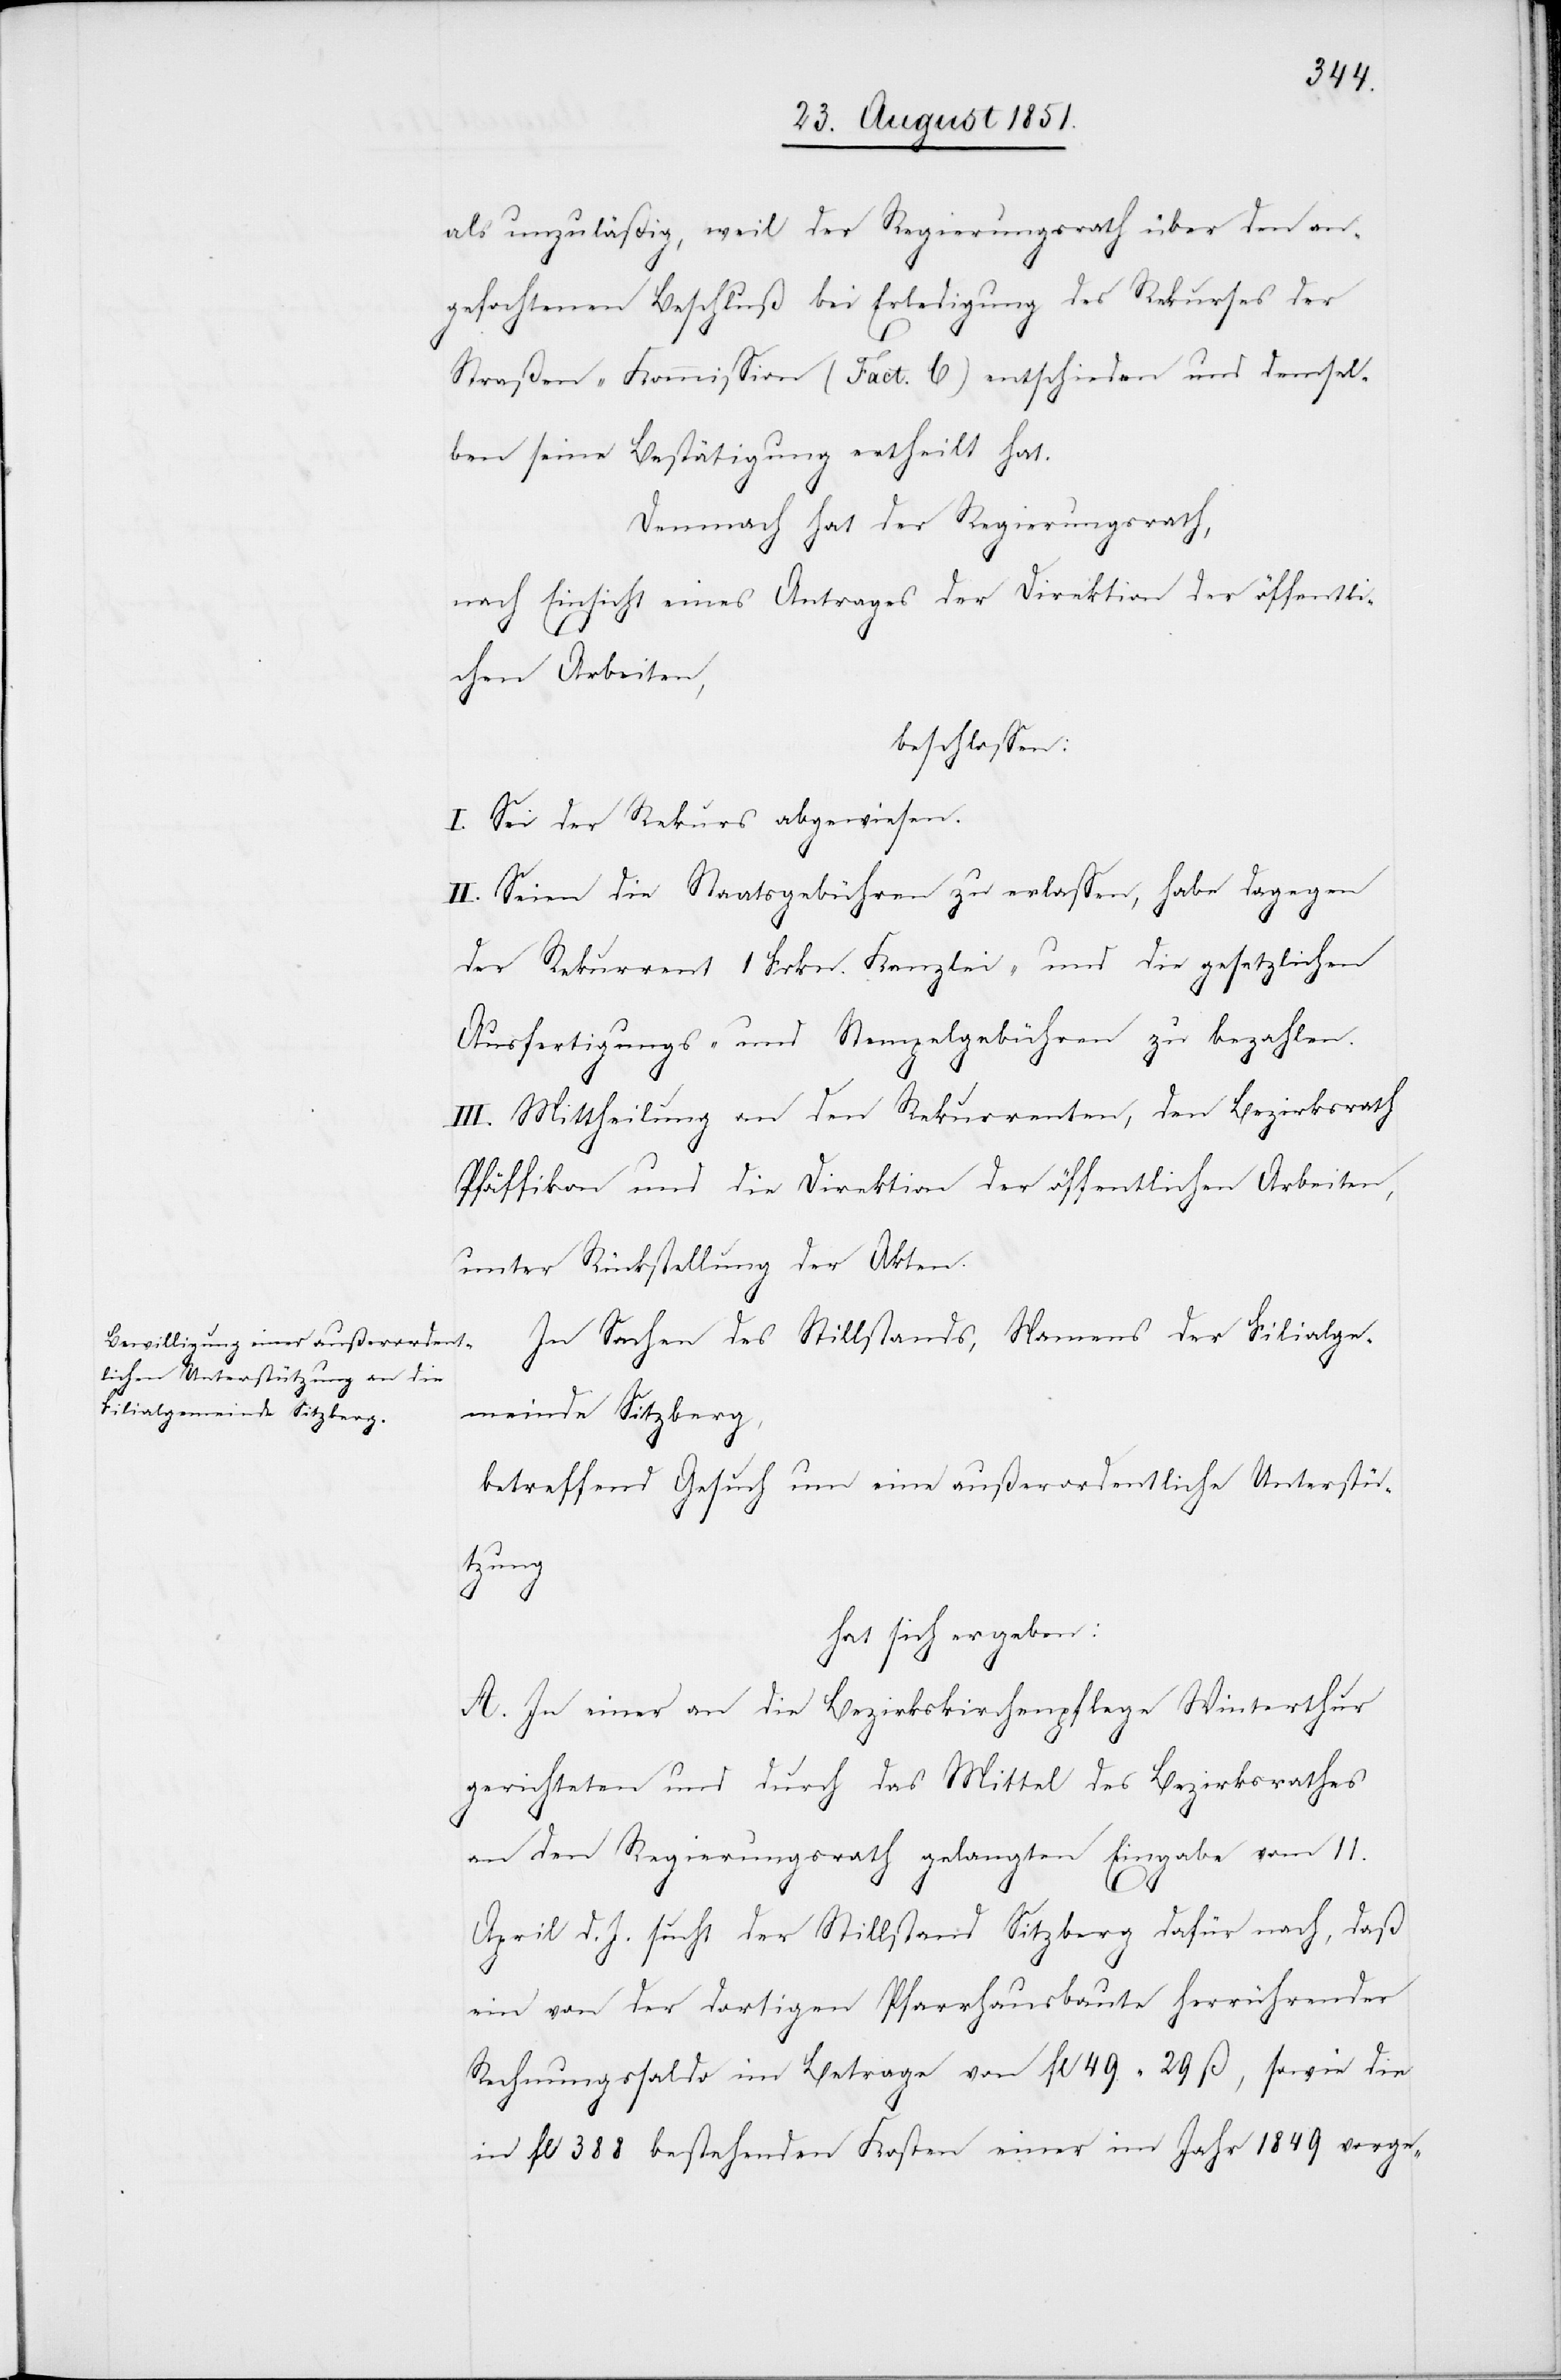
als unzuläßig, weil der Regierungsrath über den an¬
gefochtenen Beschluß bei Erledigung des Rekurses der
Straßen-Kommission (Fact. C) entschieden und demsel¬
ben seine Bestätigung ertheilt hat.
Demnach hat der Regierungsrath,
nach Einsicht eines Antrages der Direktion der öffentli¬
chen Arbeiten,
beschlossen:
I. Sei der Rekurs abgewiesen.
II. Seien die Staatsgebühren zu erlassen, habe dagegen
der Rekurrent 1 Frkn. Kanzlei- und die gesetzlichen
Ausfertigungs- und Stempelgebühren zu bezahlen.
III. Mittheilung an den Rekurrenten, den Bezirksrath
Pfäffikon und die Direktion der öffentlichen Arbeiten,
unter Rückstellung der Akten.
In Sachen des Stillstands, Namens der Filialge¬
meinde Sitzberg,
betreffend Gesuch um eine außerordentliche Unterstü¬
tzung
hat sich ergeben:
A. In einer an die Bezirkskirchenpflege Winterthur
gerichteten und durch das Mittel des Bezirksrathes
an den Regierungsrath gelangten Eingabe vom 11.
April d. J. sucht der Stillstand Sitzberg dafür nach, daß
ein von der dortigen Pfarrhausbaute herrührender
Rechnungssaldo im Betrage von fl 49 29 ß, sowie die
in fl 388 bestehenden Kosten einer im Jahr 1849 vorge-